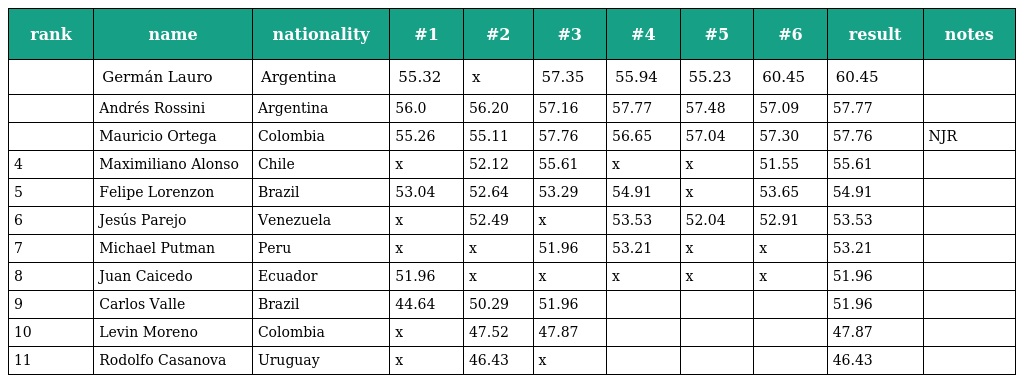
| rank | name | nationality | #1 | #2 | #3 | #4 | #5 | #6 | result | notes |
 | --- | --- | --- | --- | --- | --- | --- | --- | --- | --- | --- |
 |  | Germán Lauro | Argentina | 55.32 | x | 57.35 | 55.94 | 55.23 | 60.45 | 60.45 |  |
 |  | Andrés Rossini | Argentina | 56.0 | 56.20 | 57.16 | 57.77 | 57.48 | 57.09 | 57.77 |  |
 |  | Mauricio Ortega | Colombia | 55.26 | 55.11 | 57.76 | 56.65 | 57.04 | 57.30 | 57.76 | NJR |
 | 4 | Maximiliano Alonso | Chile | x | 52.12 | 55.61 | x | x | 51.55 | 55.61 |  |
 | 5 | Felipe Lorenzon | Brazil | 53.04 | 52.64 | 53.29 | 54.91 | x | 53.65 | 54.91 |  |
 | 6 | Jesús Parejo | Venezuela | x | 52.49 | x | 53.53 | 52.04 | 52.91 | 53.53 |  |
 | 7 | Michael Putman | Peru | x | x | 51.96 | 53.21 | x | x | 53.21 |  |
 | 8 | Juan Caicedo | Ecuador | 51.96 | x | x | x | x | x | 51.96 |  |
 | 9 | Carlos Valle | Brazil | 44.64 | 50.29 | 51.96 |  |  |  | 51.96 |  |
 | 10 | Levin Moreno | Colombia | x | 47.52 | 47.87 |  |  |  | 47.87 |  |
 | 11 | Rodolfo Casanova | Uruguay | x | 46.43 | x |  |  |  | 46.43 |  |